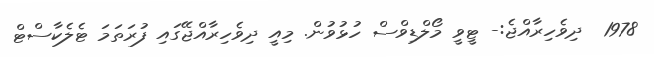
1978  ދިވެހިރާއްޖެ:- ޓީވީ މޯލްޑިވްސް ހުޅުވުން. މިއީ ދިވެހިރާއްޖޭގައި ފުރަތަމަ ޓެލެކާސްޓް